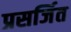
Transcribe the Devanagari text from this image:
प्रसर्जित